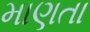
માણતા